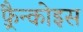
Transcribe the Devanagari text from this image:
फ़्रैन्कोइस